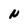
Character: N